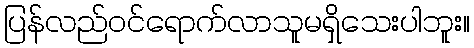
ပြန်လည်ဝင်ရောက်လာသူမရှိသေးပါဘူး။